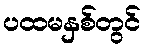
ပထမနှစ်တွင်